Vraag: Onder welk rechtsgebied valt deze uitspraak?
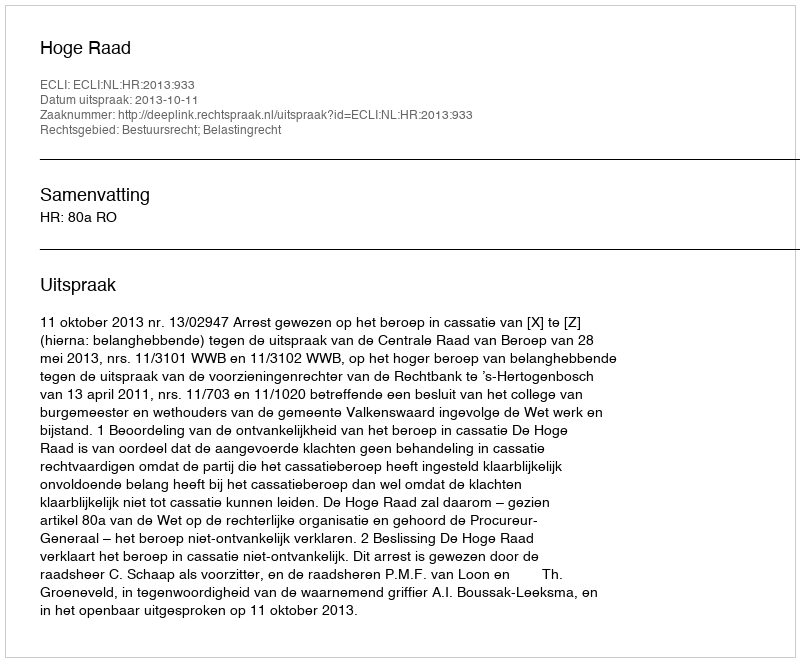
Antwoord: Bestuursrecht; Belastingrecht